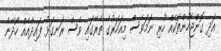
އަދި ގޮންޖެހުންތަކެއް ހުރި ނަމަވެސް މިއަހަރުގެ ތެރޭގައި ވެސް ރަނގަޅު ފައިދާއެއް ހޯދޭނެ